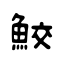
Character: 鮫